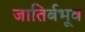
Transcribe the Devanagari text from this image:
जातिर्बभूव